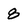
Character: 8